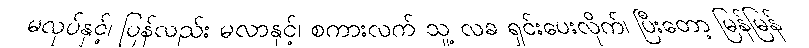
မလုပ်နှင့်၊ ပြန်လည်း မလာနှင့်၊ စကားလက် သူ့ လခ ရှင်းပေးလိုက်၊ ပြီးတော့ မြန်မြန်